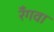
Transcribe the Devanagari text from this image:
रँगवा